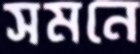
সমনে